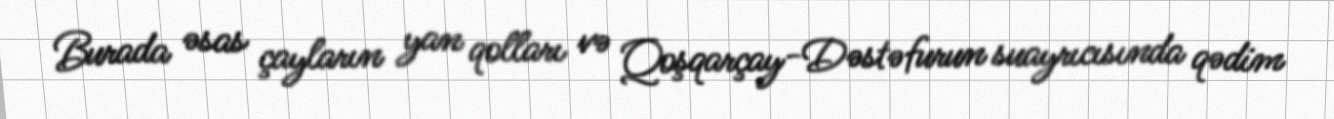
Burada əsas çayların yan qolları və Qoşqarçay-Dəstəfurun suayrıcısında qədim